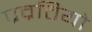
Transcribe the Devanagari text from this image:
प्रव्रत्तियो